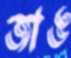
জাঙ